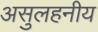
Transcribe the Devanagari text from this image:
असुलहनीय